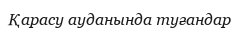
Қарасу ауданында туғандар